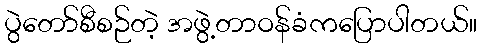
ပွဲတော်စီစဉ်တဲ့ အဖွဲ့တာဝန်ခံကပြောပါတယ်။